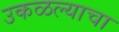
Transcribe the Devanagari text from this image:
उकळल्याचा